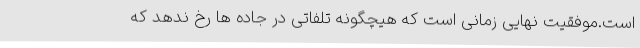
است.موفقیت نهایی زمانی است که هیچگونه تلفاتی در جاده ها رخ ندهد که